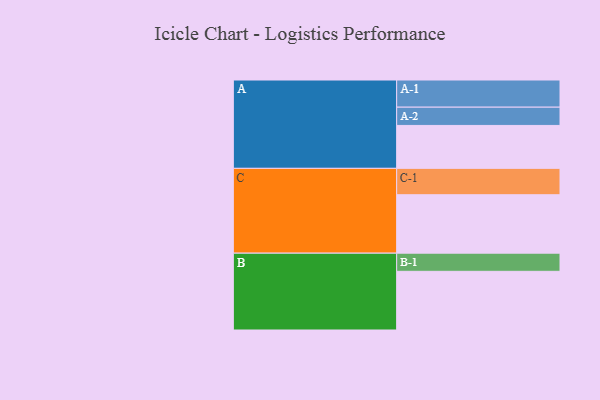
{"axis": {"x": "Segment", "y": "Value"}, "legend": ["", "A", "B", "C"], "data": [{"x": "A", "y": 376, "type": ""}, {"x": "B", "y": 514, "type": ""}, {"x": "C", "y": 512, "type": ""}, {"x": "A-1", "y": 238, "type": "A"}, {"x": "A-2", "y": 160, "type": "A"}, {"x": "B-1", "y": 159, "type": "B"}, {"x": "C-1", "y": 231, "type": "C"}]}